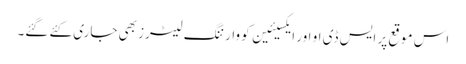
اس موقع پر ایس ڈی او اور ایکسیئین کو وارننگ لیٹرز بھی جاری کئے گئے۔